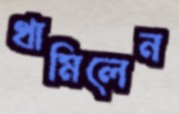
থামিলেন